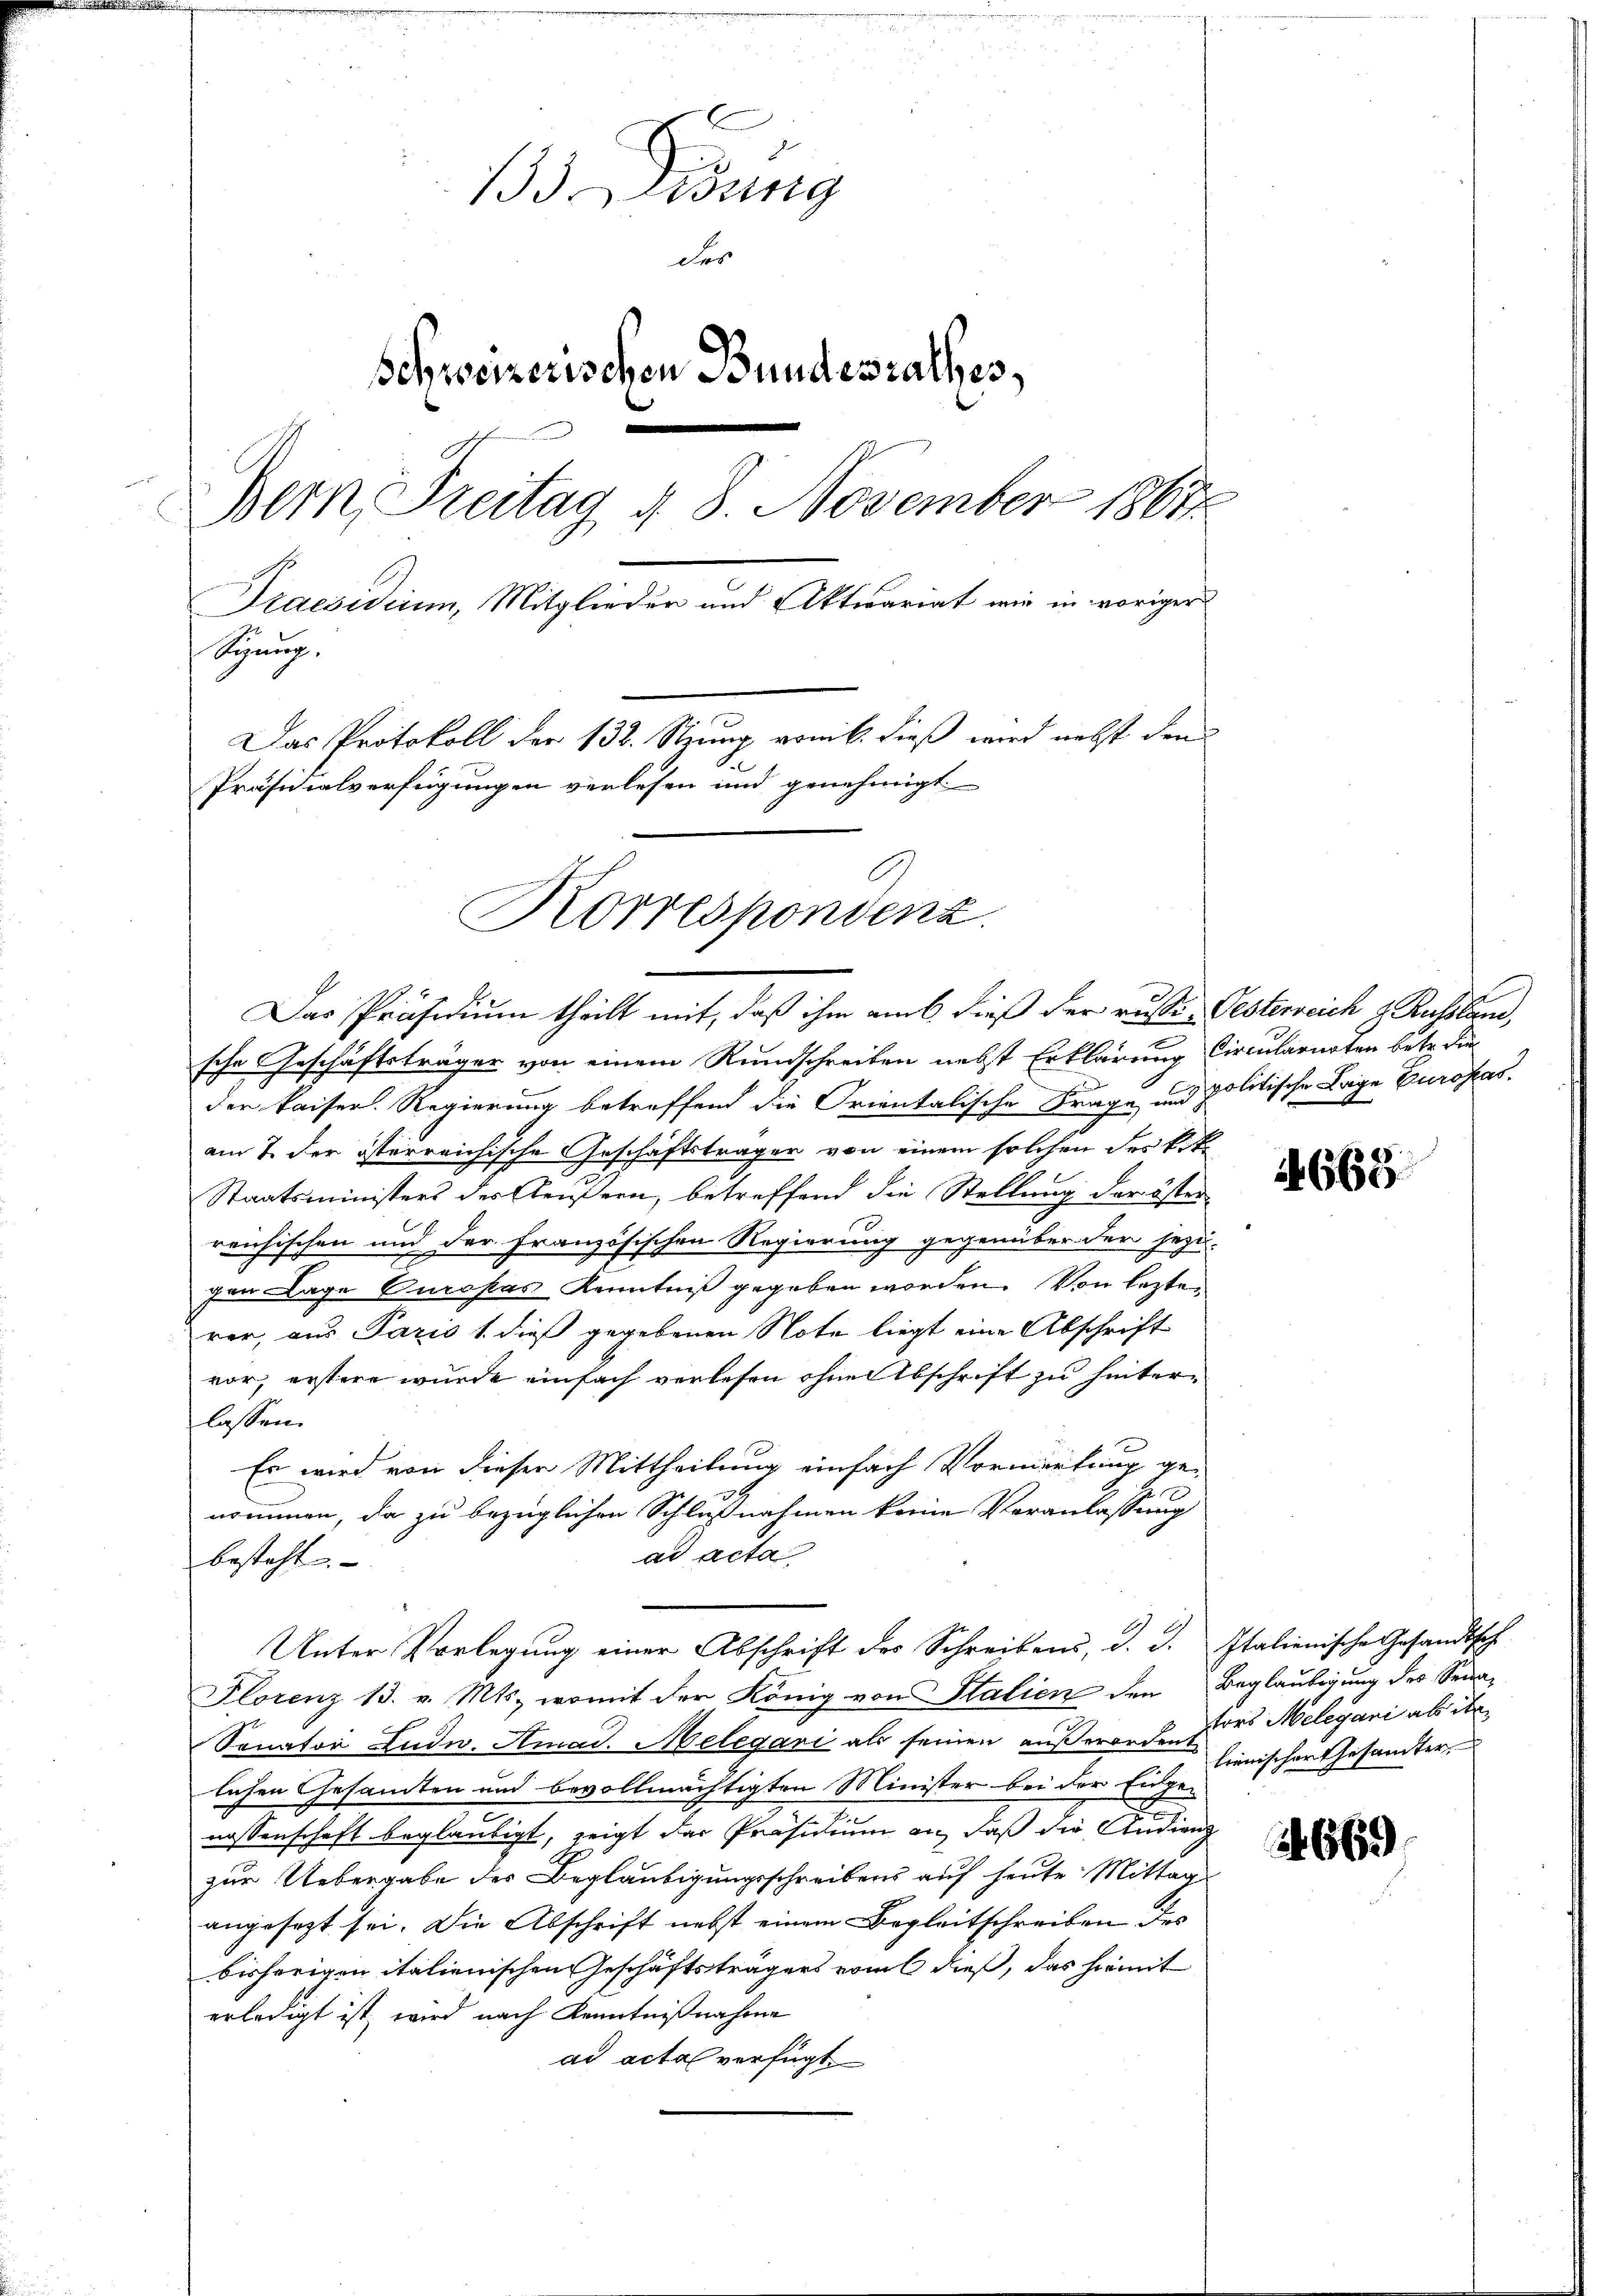
133 ung
der
Schweizerischen Bundesrathes,
Bern, Freitag §. 8. November 1864
Praesidium, Mitglieder und Aktuariat wir in voriger
Sizung.
Das Protokoll der 132. Stzung vom 6. dieß wird nebst den
Präsidialverfügungen verlesen und genehmigt
Korrespondenz.

le

sche Geschäftsträger von einem Rundschreiben nebst Erklärung Circularirten betr. die
der kaisen. Regierung betreffend die Orientalische Frage und politische Lage Europas.
am 7. der österreichische Geschäftsträger von einem solchen des k.k.
Staatsministers des Aeußern, betreffend die Stellung der öster
reichischen und der Französischen Regierung gegenüber der jezu-
gen Lage Curopas Kenntniß gegeben worden. Von lezten
rer, aus Paris 1. dieß gegebenen Note liegt eine Abschrift
vor; erstere wurde einfach verlesen ohne Abschrift zu hinterlassen.
e
Es wird von dieser Mittheilung einfach Vormerkung ge-
20
nommen, da zu bezüglichen Schlußnahmen keine Veranlassung
ad acta
besteht
Unter Vorlegung einer Abschrift des Schreibens, d. d. Italienische Gesandtsch
Florenz 13. v. Mts., womit der König von Stalien den Beglaubigung des Sena-
Sonator Ludw. Amad. Melegavi als seinen außerorden des Melegari abite
lichen Gesandten und bevollmächtigten Minister bei der Eidge¬
2
nossenschaft beglaubigt, zeigt das Präsidium an, daß die Andreng
zur Uebergabe des Beglaubigungsschreibens auf heute Mittag
angesezt sei. Die Abschrift nebst einem Begleitschreiben des
bisherigen italienischen Geschäftsträgers vom 6 dieß, das hiemit
erledigt ist, wird nach Kenntnißnahme
ad acta verfügt

Das Präsidium theilt mit, daß ihm aus dieß der resi-Oesterreich & Russland,

4668

lienischer Gesamter

669